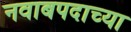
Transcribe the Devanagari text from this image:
नवाबपदाच्या